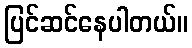
ပြင်ဆင်နေပါတယ်။